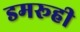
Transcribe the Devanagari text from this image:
डमरूही